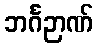
ဘင်္ဂဉာဏ်